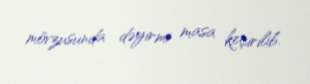
mövzusunda dəyirmi masa keçirilib.